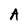
Character: A